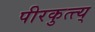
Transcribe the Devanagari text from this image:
पीरकुत्त्य्